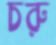
চরু